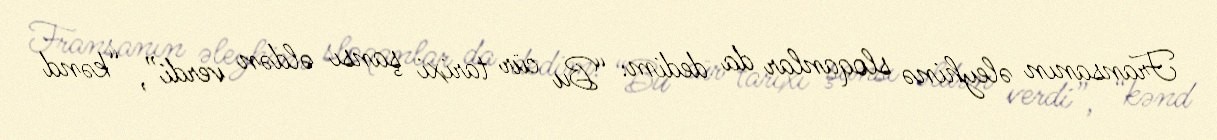
Fransanın əleyhinə sloqanlar da dedim: “Bu cür tarixi şansı əldən verdi”, “kənd